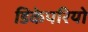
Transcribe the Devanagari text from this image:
डिकेपरियो